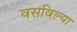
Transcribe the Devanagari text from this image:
वसविल्या